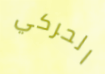
الحركي